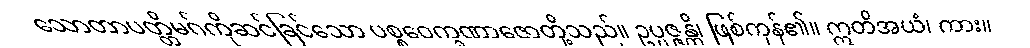
သောတာပတ္တိမဂ်ကိုဆင်ခြင်သော ပစ္စဝေက္ခဏာဇောတို့သည်။ ဥပ္ပဇ္ဇန္တိ၊ ဖြစ်ကုန်၏။ ဣတိအယံ၊ ကား။